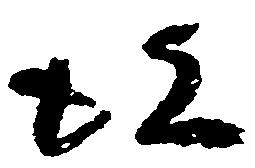
彼